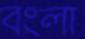
বংলা